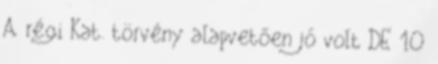
A régi Kat. törvény alapvetően jó volt DE 10